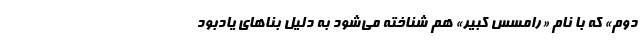
دوم» که با نام «رامسس کبیر» هم شناخته می‌شود به دلیل بناهای یادبود